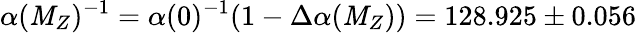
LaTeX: \alpha(\mathit{M}_{Z})^{-1}=\alpha(0)^{-1}(1-\Delta\alpha(\mathit{M}_{Z}))=128.925\pm0.056